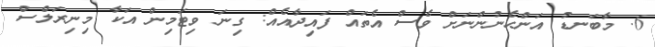
6. މާބަނޑު އަންހެނުންނަށް ވެސް އެތައް ފައިދާއެއް: ގިނަ ވިޓަމިން އަކާ މިނިރަލްސް